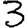
Digit: 3